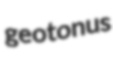
geotonus